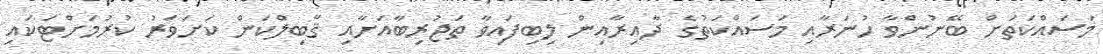
މަސައްކަތަށް ބޭނުންވާ ހުނަރާއި މަސައްކަތުގެ ދާއިރާއިން ލިބިފައިވާ ތަޖުރިބާއަށާއި ޤާބިލްކަން ކަށަވަރު ކުރުމަށްޓަކައި